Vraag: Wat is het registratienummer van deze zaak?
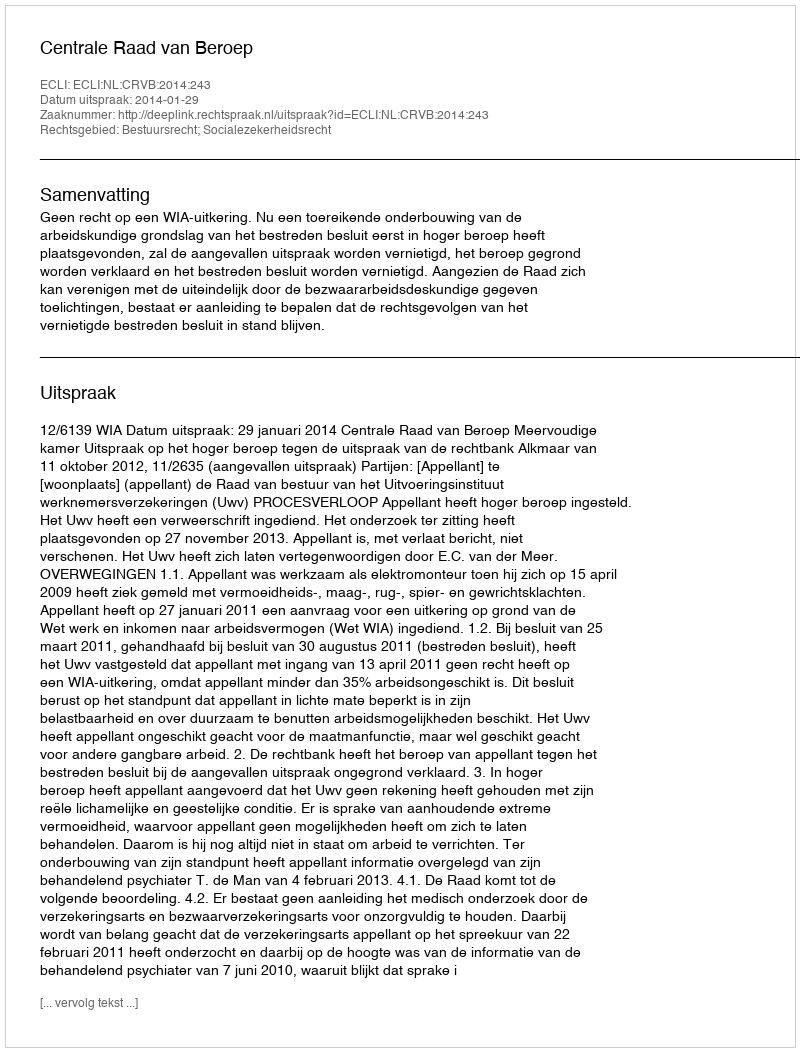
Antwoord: http://deeplink.rechtspraak.nl/uitspraak?id=ECLI:NL:CRVB:2014:243